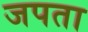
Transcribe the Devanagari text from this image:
जपता